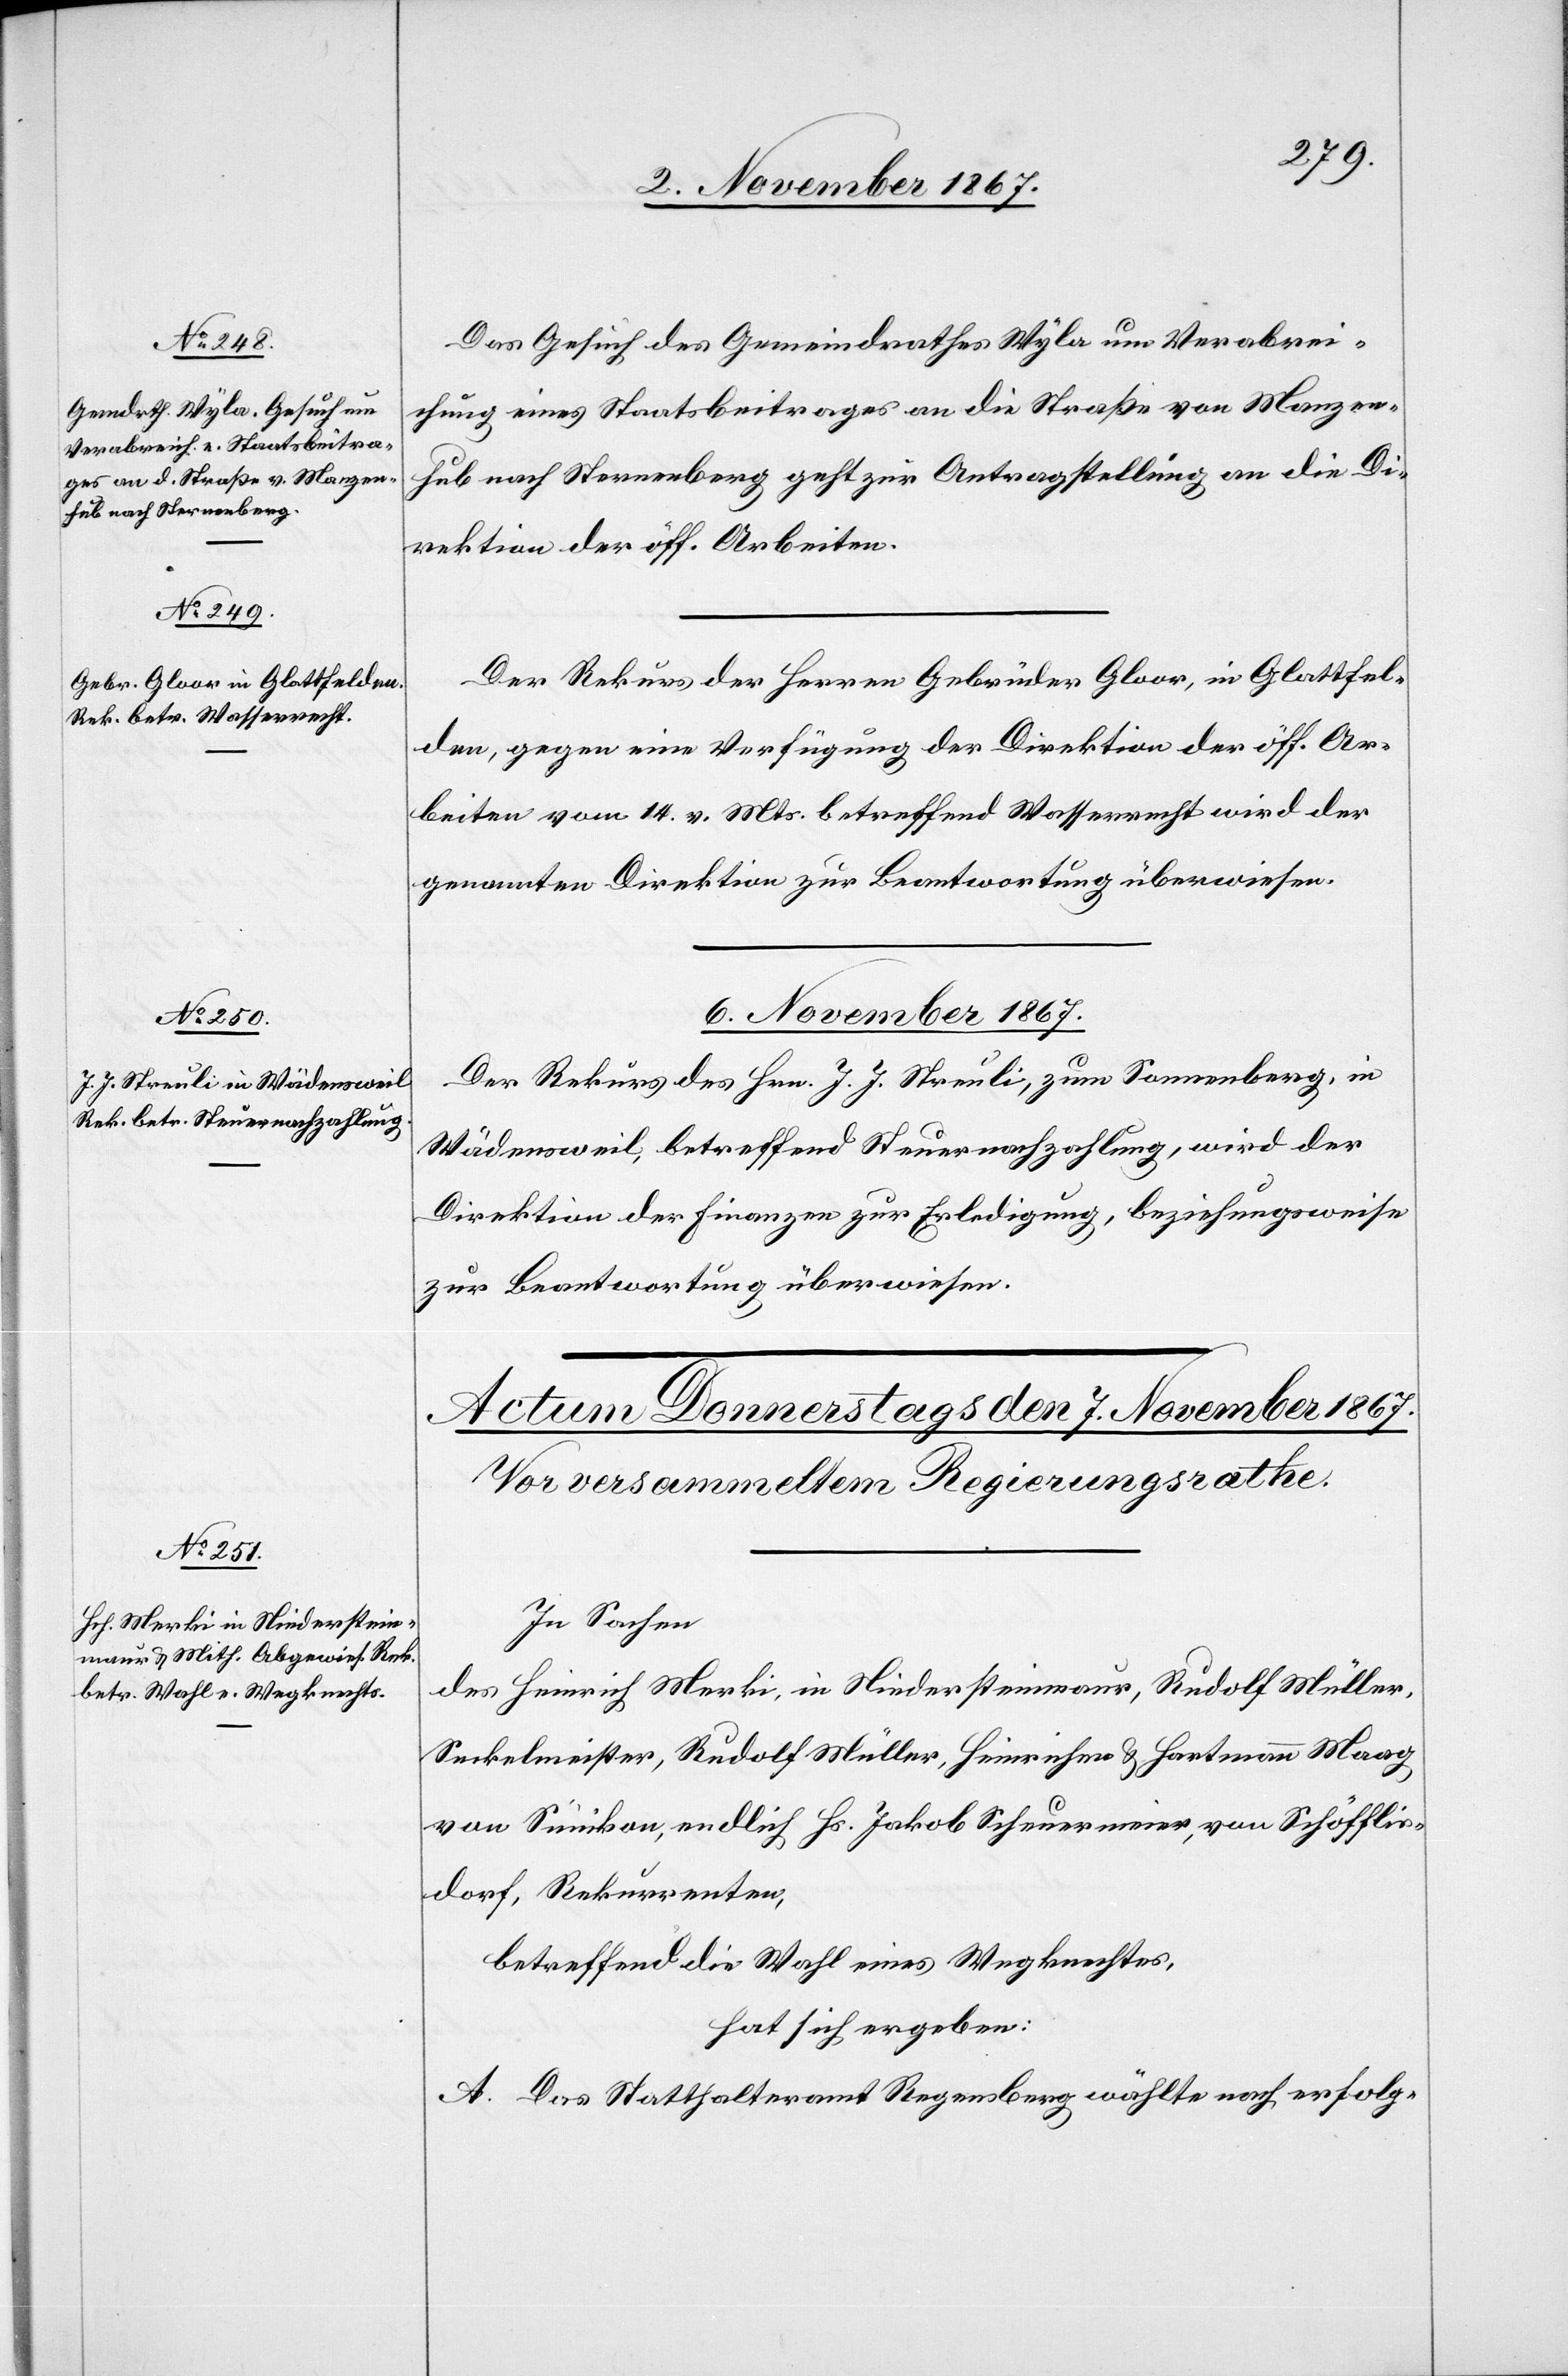
Das Gesuch des Gemeindrathes Wyla um Verabrei¬
chung eines Staatsbeitrages an die Straße von Manzen¬
hub nach Sternenberg geht zur Antragstellung an die Di¬
rektion der öff. Arbeiten.
Der Rekurs der Herren Gebrüder Gloor, in Glattfel¬
den, gegen eine Verfügung der Direktion der öff. Ar¬
beiten vom 14. v. Mts. betreffend Wasserrecht wird der
genannten Direktion zur Beantwortung überwiesen.
6. November 1867.
Der Rekurs des Hrn. J. J. Streuli, zum Sonnenberg, in
Wädensweil, betreffend Steuernachzahlung, wird der
Direktion der Finanzen zur Erledigung, beziehungsweise
zur Beantwortung überwiesen.
In Sachen
des Heinrich Merki, in Niedersteinmaur, Rudolf Müller,
Seckelmeister, Rudolf Müller, Heinrichen u. Hartmann Maag
von Sümikon, endlich Hs. Jakob Scheuermeier, von Schöfflis¬
dorf, Rekurrenten,
betreffend die Wahl eines Wegknechtes,
hat sich ergeben:
A. Das Statthalteramt Regensberg wählte nach erfolg-